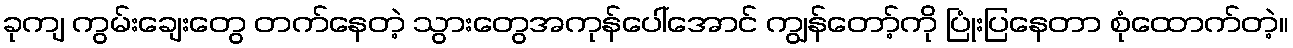
ခုကျ ကွမ်းချေးတွေ တက်နေတဲ့ သွားတွေအကုန်ပေါ်အောင် ကျွန်တော့်ကို ပြုံးပြနေတာ စုံထောက်တဲ့။